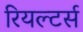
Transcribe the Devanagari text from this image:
रियल्टर्स